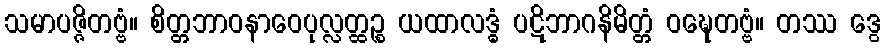
သမာပဇ္ဇိတဗ္ဗံ။ စိတ္တဘာဝနာဝေပုလ္လတ္ထဉ္စ ယထာလဒ္ဓံ ပဋိဘာဂနိမိတ္တံ ဝဍ္ဎေတဗ္ဗံ။ တဿ ဒွေ